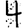
Digit: 4